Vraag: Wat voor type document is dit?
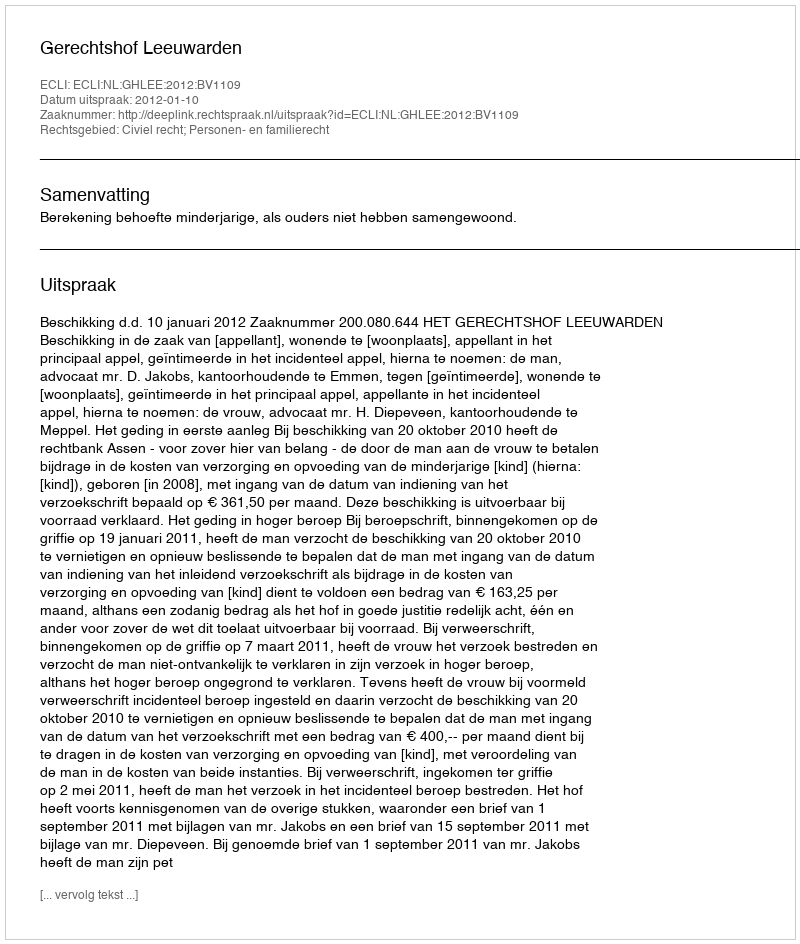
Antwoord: Uitspraak